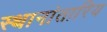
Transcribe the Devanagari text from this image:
स्थानांतारिय